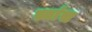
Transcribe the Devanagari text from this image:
स्वांस